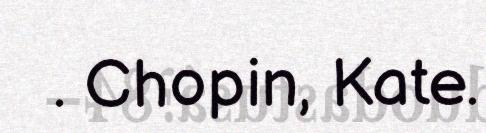
. Chopin, Kate.